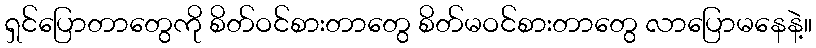
ရှင်ပြောတာတွေကို စိတ်ဝင်စားတာတွေ စိတ်မဝင်စားတာတွေ လာပြောမနေနဲ့။